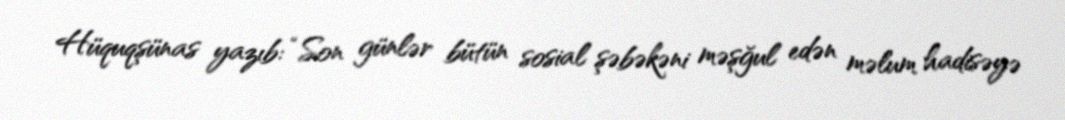
Hüquqşünas yazıb: “Son günlər bütün sosial şəbəkəni məşğul edən məlum hadisəyə